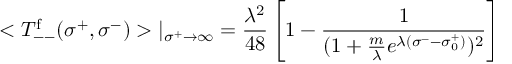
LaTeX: < T _ { -- } ^ { \mathrm { f } } ( \sigma ^ { + } , \sigma ^ { - } ) > | _ { \sigma ^ { + } \rightarrow \infty } = \frac { \lambda ^ { 2 } } { 4 8 } \left[ 1 - \frac { 1 } { ( 1 + \frac { m } { \lambda } e ^ { \lambda ( \sigma ^ { - } - \sigma _ { 0 } ^ { + } ) } ) ^ { 2 } } \right]